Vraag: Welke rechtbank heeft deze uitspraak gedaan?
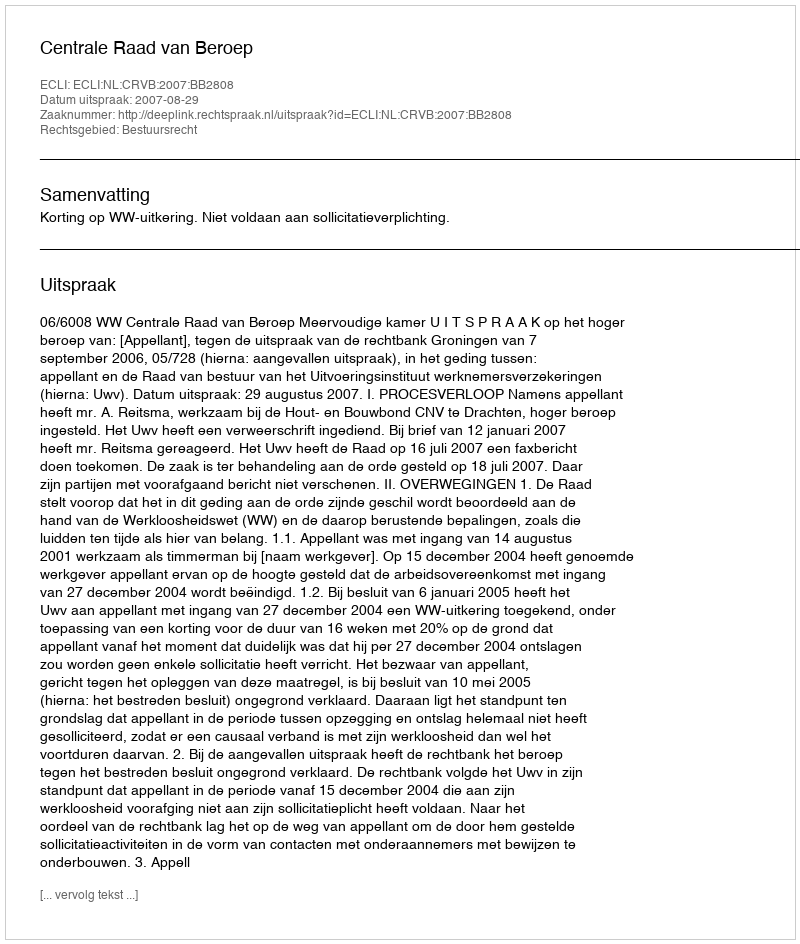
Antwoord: Centrale Raad van Beroep